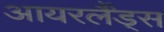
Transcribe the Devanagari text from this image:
आयरर्लैंड्स